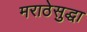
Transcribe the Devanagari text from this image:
मराठेसुद्धा